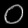
Digit: ၀